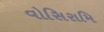
વોસિરામિ